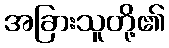
အခြားသူတို့၏